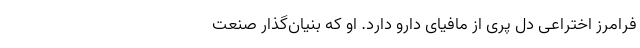
فرامرز اختراعی دل پُری از مافیای دارو دارد. او که بنیان‌گذار صنعت